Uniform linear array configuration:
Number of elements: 32
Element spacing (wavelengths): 0.25
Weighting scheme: hann
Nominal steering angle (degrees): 60
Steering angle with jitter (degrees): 61.533
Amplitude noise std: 0.05
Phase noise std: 0.05

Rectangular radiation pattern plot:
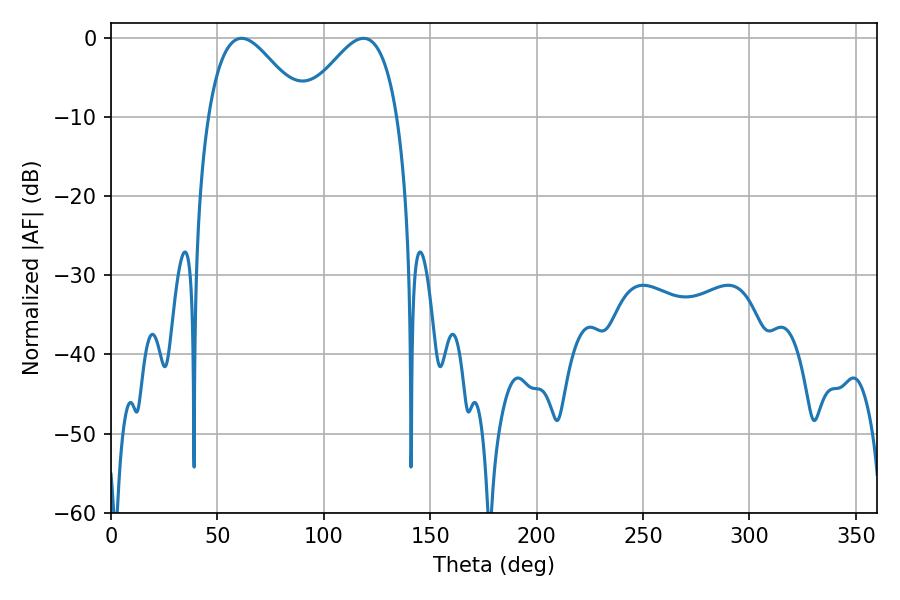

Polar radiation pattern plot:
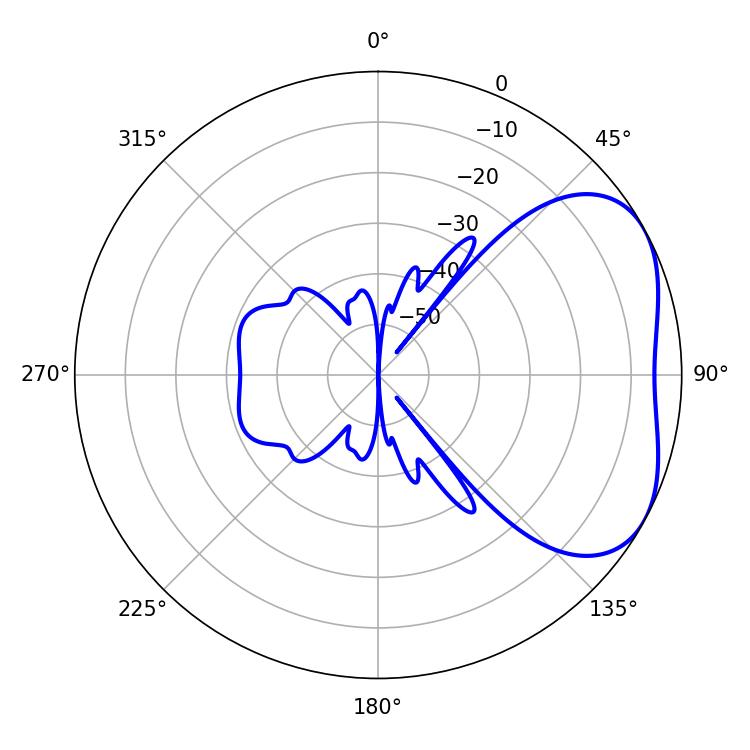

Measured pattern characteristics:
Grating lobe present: FALSE
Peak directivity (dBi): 3.867
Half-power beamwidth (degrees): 24.12
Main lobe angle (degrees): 61.38